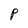
Character: P